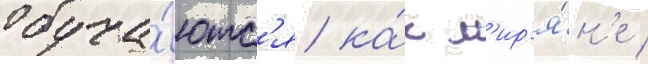
обуча́ютс'я ка́к м'ир'я́н'е /